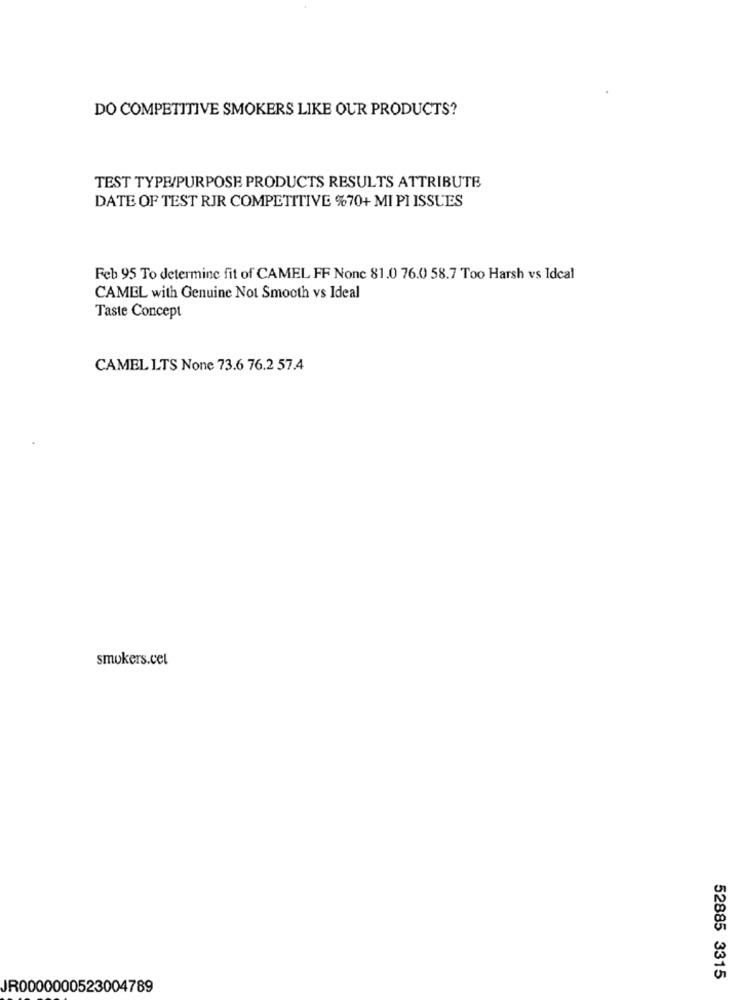
DO COMPETITIVE SMOKERS LIKE OUR PRODUCTS?
TEST TYPE/PURPOSE PRODUCTS RESULTS ATTRIBUTE
DATE OF TEST RJR COMPETITIVE %70+ MI PI ISSUES
Feb 95 To determine fit of CAMEL FF Nonc 81.0 76.0 58.7 Too Harsh vs Idcal
CAMEL with Genuine Not Smooth vs Ideal
Taste Concept
CAMEL LTS None 73.6 76.2 57.4
smokers.cel
52885 3315
JR0000000523004789